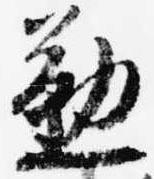
懃